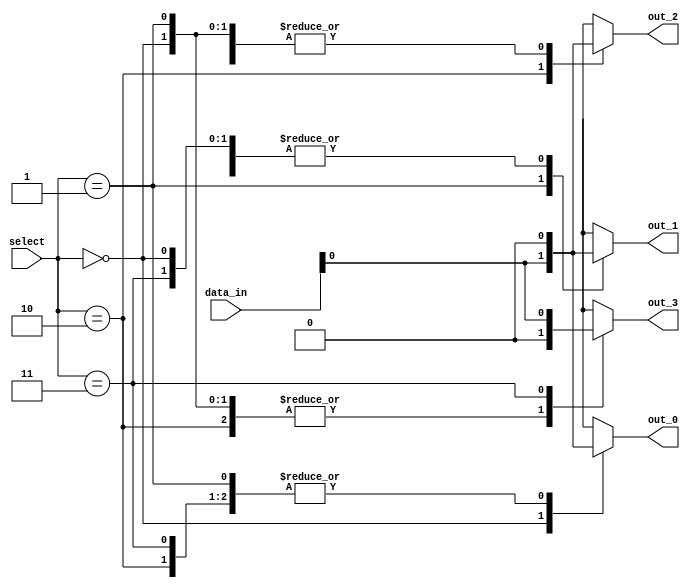
module demux_2_4(input [1:0] select, input [1:0] data_in, output reg out_0, out_1, out_2, out_3);

always @(*) begin
    case(select)
        2'b00: begin
            out_0 = data_in[0];
            out_1 = 1'b0;
            out_2 = 1'b0;
            out_3 = 1'b0;
        end
        2'b01: begin
            out_0 = 1'b0;
            out_1 = data_in[0];
            out_2 = 1'b0;
            out_3 = 1'b0;
        end
        2'b10: begin
            out_0 = 1'b0;
            out_1 = 1'b0;
            out_2 = data_in[0];
            out_3 = 1'b0;
        end
        2'b11: begin
            out_0 = 1'b0;
            out_1 = 1'b0;
            out_2 = 1'b0;
            out_3 = data_in[0];
        end
    endcase
end

endmodule